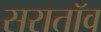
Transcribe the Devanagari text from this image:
सरातॉव